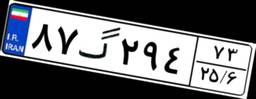
۱۷گ۸۳۵۸۱